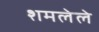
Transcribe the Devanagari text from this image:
शमलेले